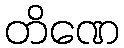
တိဏေ